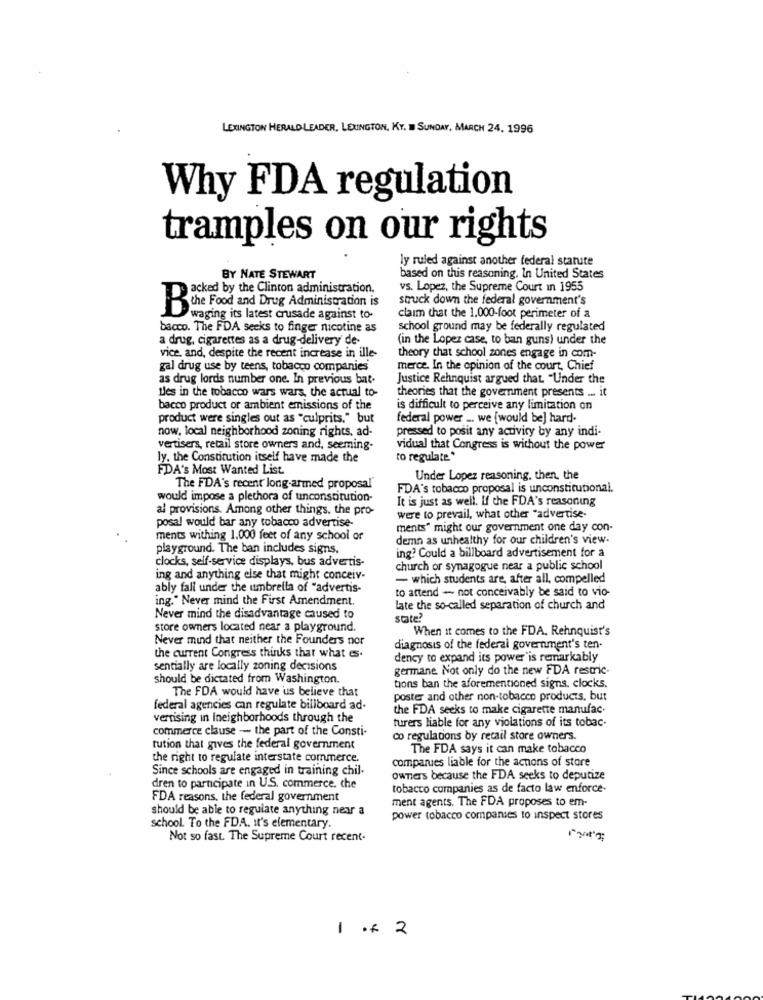
LEXINGTON HERALD LEADER, LEXINGTON, KY. I SUNDAY, MARCH 24. 1996
Why FDA regulation
tramples on our rights
ly ruled against another federal statute
BY NATE STEWART
based on this reasoning. In United States
acked by the Clinton administration.
vs. Lopez, the Supreme Court In 1955
struck down the federal government's
Bone Food and Drug Administration is
waging its latest crusade against to-
claim that the 1.000-foot perimeter of a
bacco. The FDA seeks to finger nicotine as
school ground may be federally regulated
a drug, cigarettes as a drug-delivery de-
(in the Lopez case, to ban guns) under the
vice, and, despite the recent increase in ille-
theory that school zones engage in com-
gal drug use by teens, tobacco companies
merce. In the opinion of the court, Chief
as drug lords number one. In previous bat-
Justice Rehnquist argued that. "Under the
tles in the tobacco wars wars, the actual to-
theories that the goverment presents ... it
bacco product or ambient emissions of the
is difficult to perceive any limitation on
product were singles out as "culprits." but
federal power _. we [would be] hard-
now, local neighborhood zoning rights, ad-
pressed to posit any activity by any indi-
vertisers, retail store owners and, seeming.
vidual that Congress is without the power
ly. the Constitution itself have made the
to regulate*
FDA's Most Wanted List.
Under Lopez reasoning, then, the
The FDA's recent' long-armed proposal'
FDA's tobacco proposal is unconstitutional.
would impose a plethora of unconstitution-
It is just as well. If the FDA's reasoning
al provisions. Among other things, the pro-
were to prevail, what other "advertise-
posal would bar any tobacco advertise-
ments" might our government one day con-
ments withing 1.000 feet of any school of
demn as unhealthy for our children's view.
playground. The ban includes signs.
ing? Could a billboard advertisement for a
clocks, self-service displays, bus advertis-
church or synagogue near a public school
ing and anything else that might conceiv.
- which students are, after all, compelled
ably fall under the umbrella of "advertis-
to attend - not conceivably be said to vio-
ing." Never mind the First Amendment.
late the so-called separation of church and
Never mind the disadvantage caused to
state?
store owners located near a playground.
When it comes to the FDA, Rehnquist's
Never mind that neither the Founders nor
diagnosis of the federal government's ten-
the current Congress thinks that what es.
dency to expand its power'is remarkably
sentially are locally zoning decisions
germane Not only do the new FDA restric
should be dictated from Washington.
The FDA would have us believe that
tions ban the aforementioned signs. clocks.
poster and other non-tobacco products, but
federal agencies can regulate billboard ad-
the FDA seeks to make cigarette manufac.
vertising in Ineighborhoods through the
commerce clause - the part of the Consti-
turers liable for any violations of its tobac-
co regulations by retail store owners.
tution that gives the federal government
The FDA says it can make tobacco
the right to regulate interstate commerce.
companies liable for the actions of store
Since schools are engaged in training chil.
owners because the FDA seeks to deputize
dren to participate in U.S. commerce. che
tobacco companies as de facto law enforce-
FDA reasons, the federal government
ment agents. The FDA proposes to em-
should be able to regulate anything near a
power tobacco companies to inspect stores
school. To the FDA. It's elementary.
Not so fast. The Supreme Court recent.
1 of 2